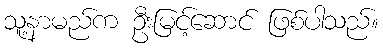
သူ့နာမည်က ဦးမြင့်ဆောင် ဖြစ်ပါသည်။